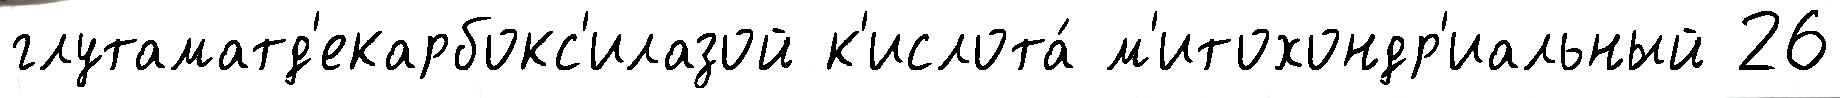
глутаматд'екарбокс'илазой к'ислота́ м'итохондр'иальный 26